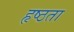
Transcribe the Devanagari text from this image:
हृष्ठता